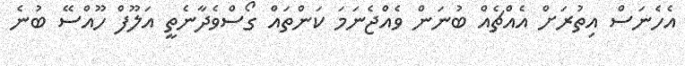
އެހެނަސް އިތުރަށް އެއްޗެއް ބުނަން ވެއްޖެނަމަ ކަންތައް ގޯސްވެދާނެތީ އަލޫފް ހޫއްސޭ ބުނެ